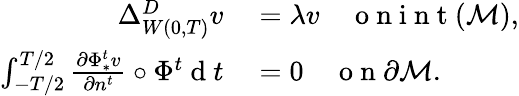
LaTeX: \begin{array}{rl}{\Delta_{W(0,T)}^{D}v}&{{}=\lambda v\quad\mathrm{~o~n~i~n~t~}(\mathcal{M}),}\\ {\int_{-T/2}^{T/2}\frac{\partial\Phi_{*}^{t}v}{\partial n^{t}}\circ\Phi^{t}\mathrm{~d~}t}&{{}=0\quad\mathrm{~o~n~}\partial\mathcal{M}.}\end{array}